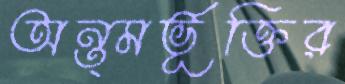
অন্ত্মর্ভূক্তির